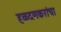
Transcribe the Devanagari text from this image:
हळदणकरांचा